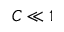
C \ll 1